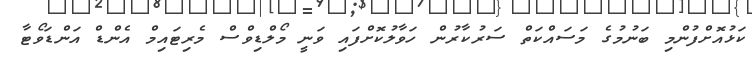
ކަޅުއޮށްފުންމި ބަނުމުގެ މަސައްކަތް ސަރުކާރުން ހަވާލުކޮށްފައި ވަނީ މޯލްޑިވްސް މެރިޓައިމް އެންޑް އަންޑަވޯޓާ